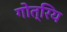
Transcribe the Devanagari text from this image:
गोत्रिय